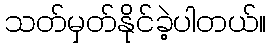
သတ်မှတ်နိုင်ခဲ့ပါတယ်။